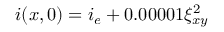
i ( x , 0 ) = i _ { e } + 0 . 0 0 0 0 1 \xi _ { x y } ^ { 2 }